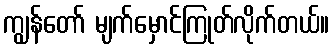
ကျွန်တော် မျက်မှောင်ကြုတ်လိုက်တယ်။